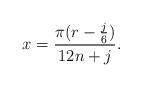
LaTeX: \begin{align*}x = \frac{\pi(r-\frac{j}{6})}{12n + j}. \end{align*}